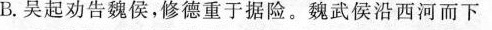
B.吴起劝告魏侯,修德重于据险。魏武侯沿西河而下